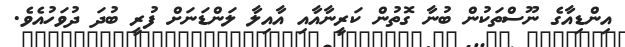
އިންޑިއާގެ ނޫސްތަކުން ބުނާ ގޮތުން ކަރީނާއާއި އާއިލާ ލަންޑަނަށް ފުރީ ބުދަ ދުވަހުއެވެ.